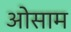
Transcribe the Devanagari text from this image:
ओसाम